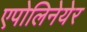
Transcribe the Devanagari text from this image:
एपोलिनेयेर